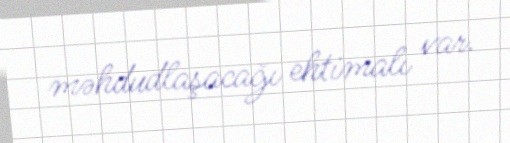
məhdudlaşacağı ehtimalı var.